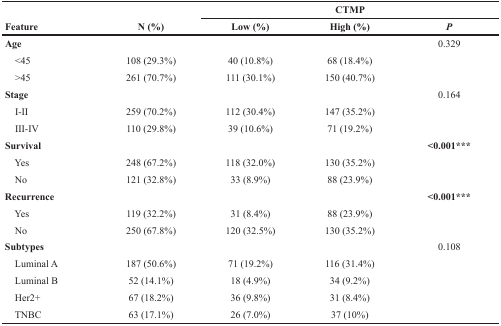
<table><thead><tr><td rowspan="2"><b>Feature</b></td><td rowspan="2"><b>N (%)</b></td><td colspan="3"><b>CTMP</b></td></tr><tr><td><b>Low (%)</b></td><td><b>High (%)</b></td><td><b><i>P</i></b></td></tr></thead><tbody><tr><td><b>Age</b></td><td></td><td></td><td></td><td>0.329</td></tr><tr><td> &lt;45</td><td>108 (29.3%)</td><td>40 (10.8%)</td><td>68 (18.4%)</td><td></td></tr><tr><td> &gt;45</td><td>261 (70.7%)</td><td>111 (30.1%)</td><td>150 (40.7%)</td><td></td></tr><tr><td><b>Stage</b></td><td></td><td></td><td></td><td>0.164</td></tr><tr><td> I-II</td><td>259 (70.2%)</td><td>112 (30.4%)</td><td>147 (35.2%)</td><td></td></tr><tr><td> III-IV</td><td>110 (29.8%)</td><td>39 (10.6%)</td><td>71 (19.2%)</td><td></td></tr><tr><td><b>Survival</b></td><td></td><td></td><td></td><td><b>&lt;0.001**</b>*</td></tr><tr><td> Yes</td><td>248 (67.2%)</td><td>118 (32.0%)</td><td>130 (35.2%)</td><td></td></tr><tr><td> No</td><td>121 (32.8%)</td><td>33 (8.9%)</td><td>88 (23.9%)</td><td></td></tr><tr><td><b>Recurrence</b></td><td></td><td></td><td></td><td><b>&lt;0.001***</b></td></tr><tr><td> Yes</td><td>119 (32.2%)</td><td>31 (8.4%)</td><td>88 (23.9%)</td><td></td></tr><tr><td> No</td><td>250 (67.8%)</td><td>120 (32.5%)</td><td>130 (35.2%)</td><td></td></tr><tr><td><b>Subtypes</b></td><td></td><td></td><td></td><td>0.108</td></tr><tr><td> Luminal A</td><td>187 (50.6%)</td><td>71 (19.2%)</td><td>116 (31.4%)</td><td></td></tr><tr><td> Luminal B</td><td>52 (14.1%)</td><td>18 (4.9%)</td><td>34 (9.2%)</td><td></td></tr><tr><td> Her2+</td><td>67 (18.2%)</td><td>36 (9.8%)</td><td>31 (8.4%)</td><td></td></tr><tr><td> TNBC</td><td>63 (17.1%)</td><td>26 (7.0%)</td><td>37 (10%)</td><td></td></tr></tbody></table>